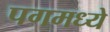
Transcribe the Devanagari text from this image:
पगमध्ये